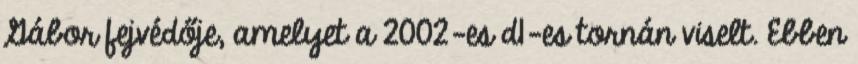
Gábor fejvédője, amelyet a 2002-es d1-es tornán viselt. Ebben